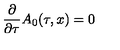
\frac { \partial } { \partial \tau } A _ { 0 } ( \tau , x ) = 0